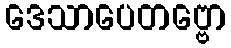
ဒေသာပေတဗ္ဗော